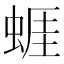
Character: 𧍊